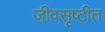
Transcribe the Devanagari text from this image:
जीवसृष्टीत